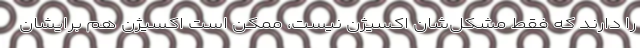
را دارند که فقط مشکل‌شان اکسیژن نیست، ممکن است اکسیژن هم برایشان